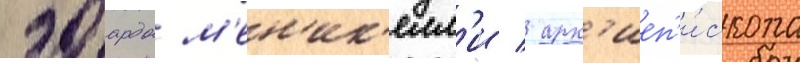
эдоардо м'ен'ик'елл'и / арх'иеп'и́скопа